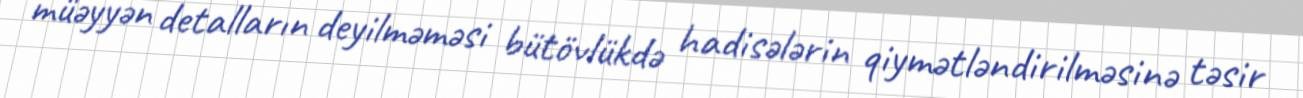
müəyyən detalların deyilməməsi bütövlükdə hadisələrin qiymətləndirilməsinə təsir